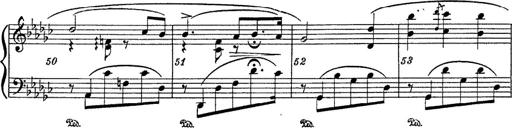
Title: 6 Polish Songs
Composer: Franz Liszt